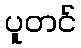
ပူတင်